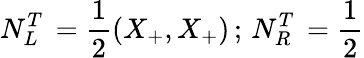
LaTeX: N_{L}^{T}\, =\frac{1}{2}(X_{+},X_{+})\, ;\, N_{R}^{T}\, =\frac{1}{2}